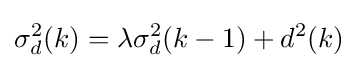
\sigma _{d}^{2}(k)=\lambda \sigma _{d}^{2}(k-1)+d^{2}(k)\,\!